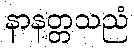
နာနတ္တသညံ